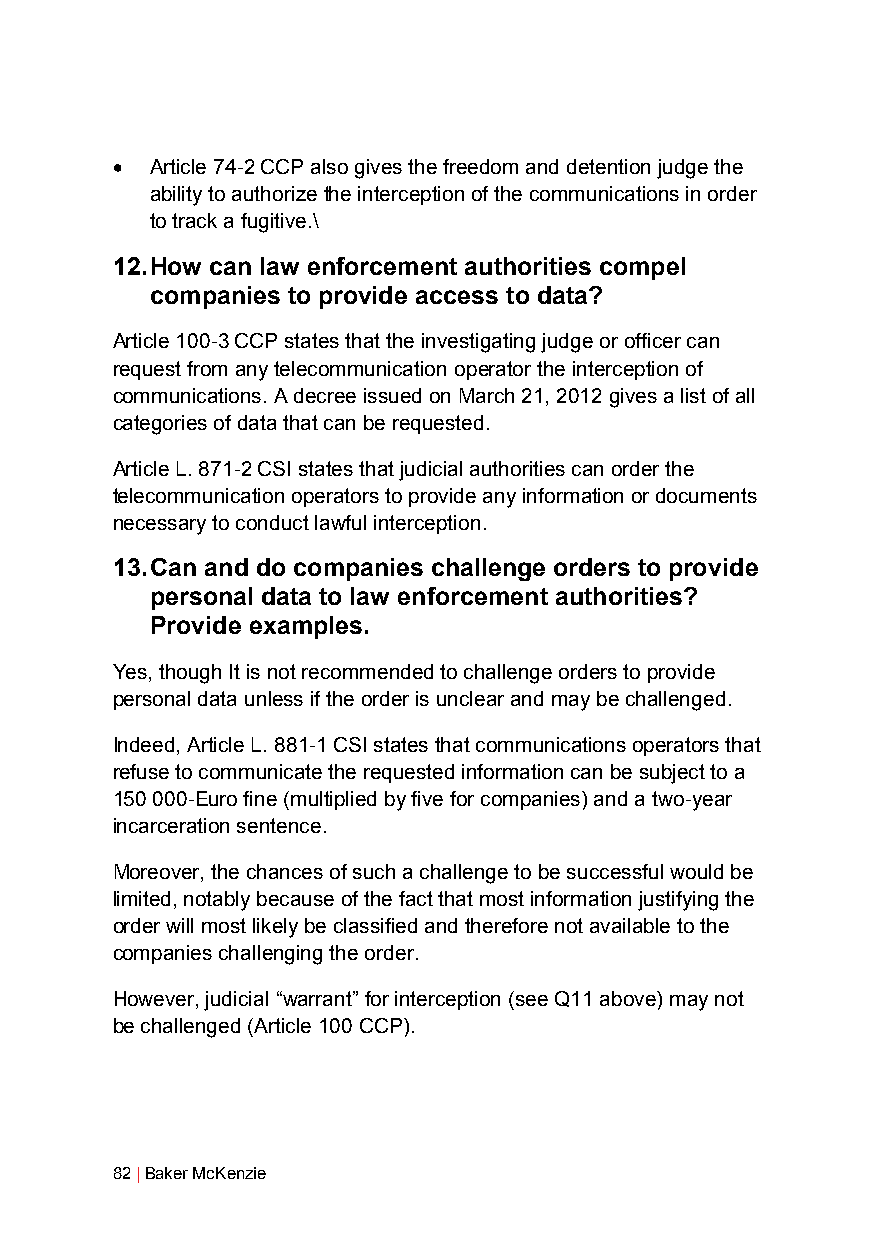
•  Article 74-2 CCP also gives the freedom and detention judge the
 ability to authorize the interception of the communications in order
 to track a fugitive.\
 12. How can law enforcement authorities compel
 companies to provide access to data?
 Article 100-3 CCP states that the investigating judge or officer can
 request from any telecommunication operator the interception of
 communications. A decree issued on March 21, 2012 gives a list of all
 categories of data that can be requested.
 Article L. 871-2 CSI states that judicial authorities can order the
 telecommunication operators to provide any information or documents
 necessary to conduct lawful interception.
 13. Can and do companies challenge orders to provide
 personal data to law enforcement authorities?
 Provide examples.
 Yes, though It is not recommended to challenge orders to provide
 personal data unless if the order is unclear and may be challenged.
 Indeed, Article L. 881-1 CSI states that communications operators that
 refuse to communicate the requested information can be subject to a
 150 000-Euro fine (multiplied by five for companies) and a two-year
 incarceration sentence.
 Moreover, the chances of such a challenge to be successful would be
 limited, notably because of the fact that most information justifying the
 order will most likely be classified and therefore not available to the
 companies challenging the order.
 However, judicial “warrant” for interception (see Q11 above) may not
 be challenged (Article 100 CCP).
 82 | Baker McKenzie